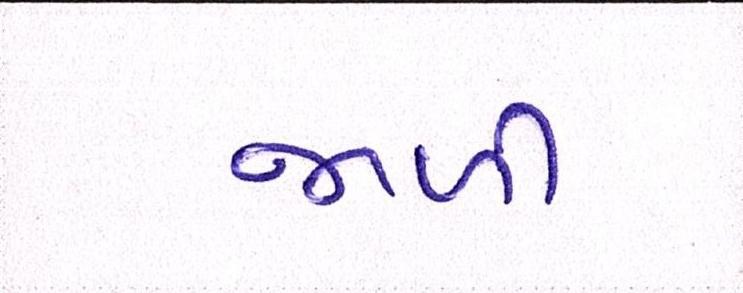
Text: જાળી